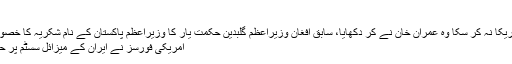
“
جو کام امریکا نہ کر سکا وہ عمران خان نے کر دکھایا، سابق افغان وزیراعظم گلبدین حکمت یار کا وزیراعظم پاکستان کے نام شکریہ کا خصوصی پیغام
امریکی فورسز نے ایران کے میزائل سسٹم پر حملہ کردیا۔